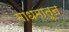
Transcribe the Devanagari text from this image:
माधमातून